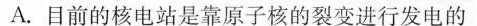
A.目前的核电站是靠原子核的裂变进行发电的